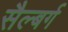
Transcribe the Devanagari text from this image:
सैल्बर्ग